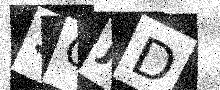
Text: SQJD